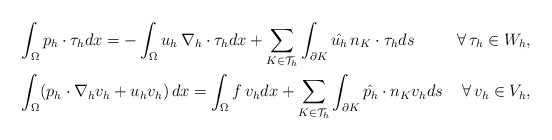
\begin{align*}&\int_\Omega p_h \cdot \tau_h dx = - \int_\Omega u_h\,\nabla_h\cdot\tau_h dx + \sum_{K\in\mathcal{T}_h}\int_{\partial K} \hat{u_h}\,n_K\cdot\tau_h ds&\forall \,\tau_h \in W_h,\\&\int_\Omega (p_h \cdot \nabla_h v_h + u_h v_h)\, dx = \int_\Omega f\,v_h dx + \sum_{K\in \mathcal{T}_h}\int_{\partial K}\hat{p_h}\cdot n_K v_h ds &\forall\,v_h\in V_h,\end{align*}